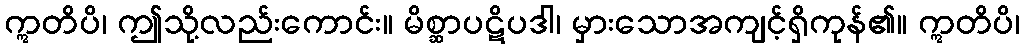
ဣတိပိ၊ ဤသို့လည်းကောင်း။ မိစ္ဆာပဋိပဒါ၊ မှားသောအကျင့်ရှိကုန်၏။ ဣတိပိ၊